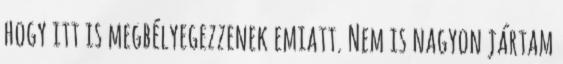
hogy itt is megbélyegezzenek emiatt. Nem is nagyon jártam